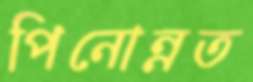
পিনোন্নত